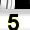
Digit: 5